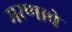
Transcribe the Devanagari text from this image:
मरणाचे